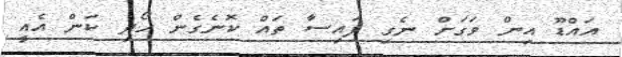
އައްޑޫ އިން ވަގަށް ނެގި ފައިސާ ތައް ކޮނެގެން ހޯދި ކަން އެއީ